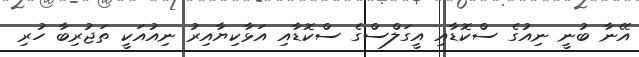
އޭނާ ބުނީ ނިއުގެ ސްކޮޑާއި އީގަލްސްގެ ސްކޮޑާއި އަޅާކިޔާއިރު ނިއުއަކީ ތަޖުރިބާ ހުރި